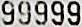
99999